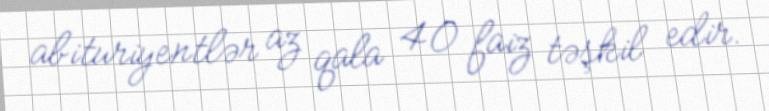
abituriyentlər az qala 40 faiz təşkil edir.